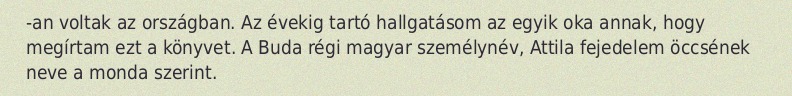
-an voltak az országban. Az évekig tartó hallgatásom az egyik oka annak, hogy megírtam ezt a könyvet. A Buda régi magyar személynév, Attila fejedelem öccsének neve a monda szerint.